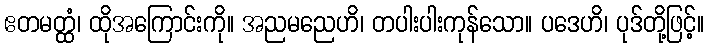
ဧတမတ္ထံ၊ ထိုအကြောင်းကို။ အညမညေဟိ၊ တပါးပါးကုန်သော။ ပဒေဟိ၊ ပုဒ်တို့ဖြင့်။